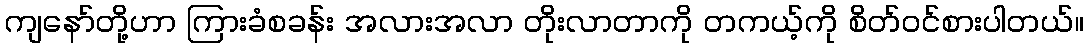
ကျနော်တို့ဟာ ကြားခံစခန်း အလားအလာ တိုးလာတာကို တကယ့်ကို စိတ်ဝင်စားပါတယ်။